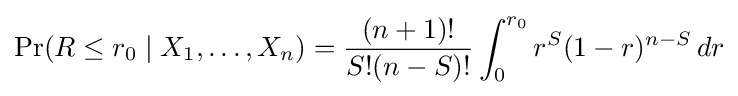
\Pr(R\leq r_{0}\mid X_{1},\ldots ,X_{n})={\frac {(n+1)!}{S!(n-S)!}}\int _{0}^{r_{0}}r^{S}(1-r)^{n-S}\,dr